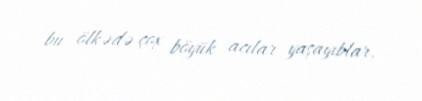
bu ölkədə çox böyük acılar yaşayıblar.